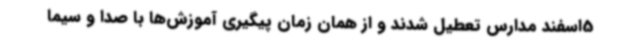
5اسفند مدارس تعطیل شدند و از همان زمان پیگیری آموزش‌ها با صدا و سیما